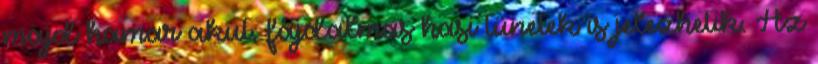
majd hamar akut, fájdalmas hasi tünetek is jelezhetik. Az